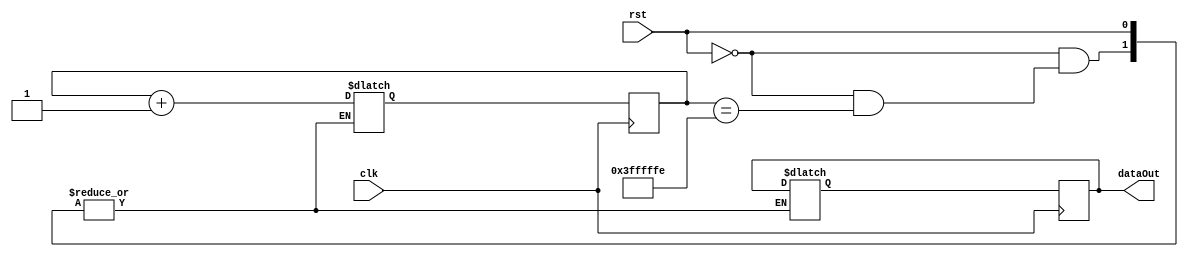
module rotatingDot(clk, rst, dataOut);

input clk, rst;
output reg [7:0] dataOut;

reg [25:0] counter, counterNext;
reg [ 7:0] dataOutNext;

parameter COUNT = 26'h3FFFFFF;


always @(posedge clk) begin
	counter <= #1 counterNext;
	dataOut <= #1 dataOutNext;
end

always @(*) begin
	if(rst) begin
		//WRITE YOUR CODE HERE (2 Lines)
		
		
	end
	else if(counter == COUNT -1) begin
		//WRITE YOUR CODE HERE (2 Lines)
		
		
	end
	else begin
		dataOutNext = dataOut;
		counterNext = counter + 1;
	end
end

endmodule